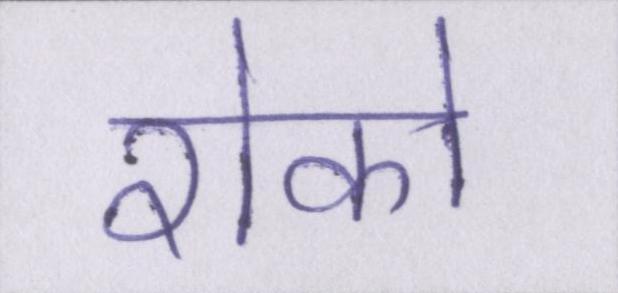
रोको